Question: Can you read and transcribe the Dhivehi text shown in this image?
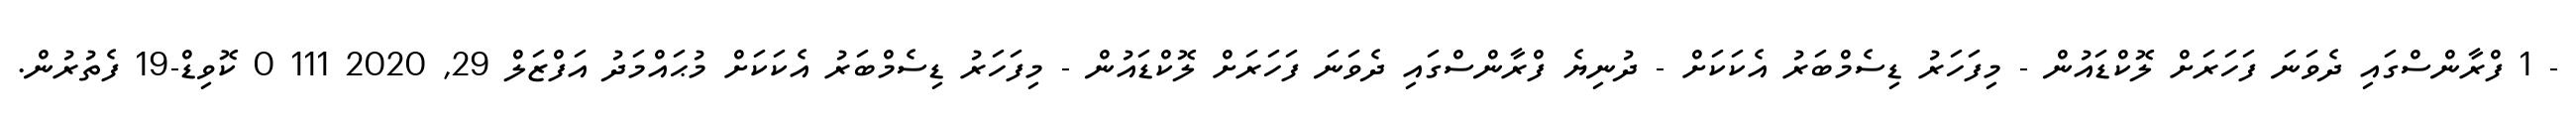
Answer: - 1 ފްރާންސްގައި ދެވަނަ ފަހަރަށް ލޮކްޑައުން - މިފަހަރު ޑިސެމްބަރު އެކަކަށް - ދުނިޔެ ފްރާންސްގައި ދެވަނަ ފަހަރަށް ލޮކްޑައުން - މިފަހަރު ޑިސެމްބަރު އެކަކަށް މުޙައްމަދު އަފްޒަލް 29, 2020 111 0 ކޮވިޑް-19 ފެތުރުން.